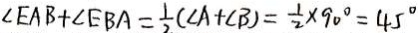
\angle E A B + \angle E B A = \frac { 1 } { 2 } ( \angle A + \angle B ) = \frac { 1 } { 2 } \times 9 0 ^ { \circ } = 4 5 ^ { \circ }